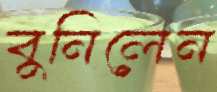
বুনিলেন